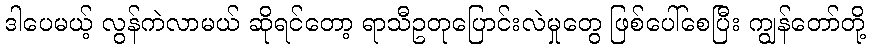
ဒါပေမယ့် လွန်ကဲလာမယ် ဆိုရင်တော့ ရာသီဥတုပြောင်းလဲမှုတွေ ဖြစ်ပေါ်စေပြီး ကျွန်တော်တို့